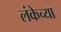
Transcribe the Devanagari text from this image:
लंकेच्या